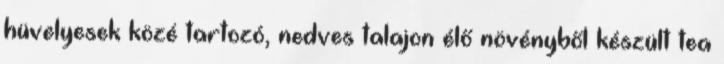
hüvelyesek közé tartozó, nedves talajon élő növényből készült tea